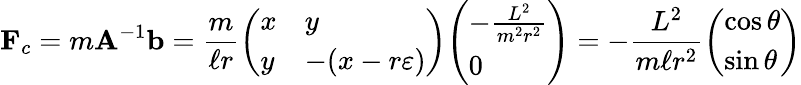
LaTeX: \mathbf{F}_{c}=m\mathbf{A}^{-1}\mathbf{b}={\frac{m}{\ell r}}{\left(\begin{array}{ll}{x}&{y}\\ {y}&{-(x-r\varepsilon)}\end{array}\right)}{\left(\begin{array}{l}{-{\frac{L^{2}}{m^{2}r^{2}}}}\\ {0}\end{array}\right)}=-{\frac{L^{2}}{m\ell r^{2}}}{\left(\begin{array}{l}{\cos\theta}\\ {\sin\theta}\end{array}\right)}